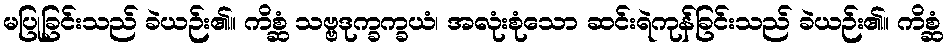
မပြုခြင်းသည် ခဲယဉ်း၏။ ကိစ္ဆံ သဗ္ဗဒုက္ခက္ခယံ၊ အလုံးစုံသော ဆင်းရဲကုန်ခြင်းသည် ခဲယဉ်း၏။ ကိစ္ဆံ